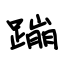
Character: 蹦